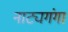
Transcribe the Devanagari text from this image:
नाट्यगंगा